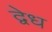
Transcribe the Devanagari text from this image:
द्वेध